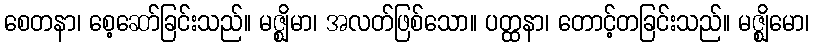
စေတနာ၊ စေ့ဆော်ခြင်းသည်။ မဇ္ဈိမာ၊ အလတ်ဖြစ်သော။ ပတ္ထနာ၊ တောင့်တခြင်းသည်။ မဇ္ဈိမော၊